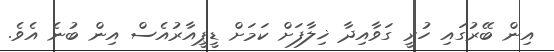
އިން ބޭރުގައި ހުރީ ގަވާއިދާ ޚިލާފަށް ކަމަށް ޑީޕީއާރުއެސް އިން ބުނެ އެވެ.